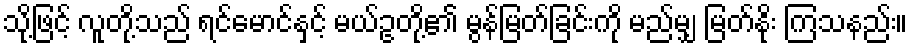
သို့ဖြင့် လူတို့သည် ရင်မောင်နှင့် မယ်ဥတို့၏ မွန်မြတ်ခြင်းကို မည်မျှ မြတ်နိုး ကြသနည်း။